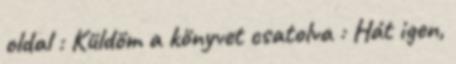
oldal : Küldöm a könyvet csatolva : Hát igen,